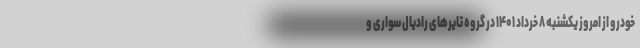
خودرو از امروز یکشنبه ۸ خرداد ۱۴۰۱ در گروه تایر‌های رادیال سواری و